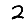
Digit: 2